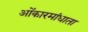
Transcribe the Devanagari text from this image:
ओंकारमांधाता